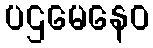
ပဌမေနေဝ